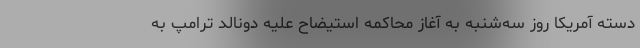
دسته آمریکا روز سه‌شنبه به آغاز محاکمه استیضاح علیه دونالد ترامپ به